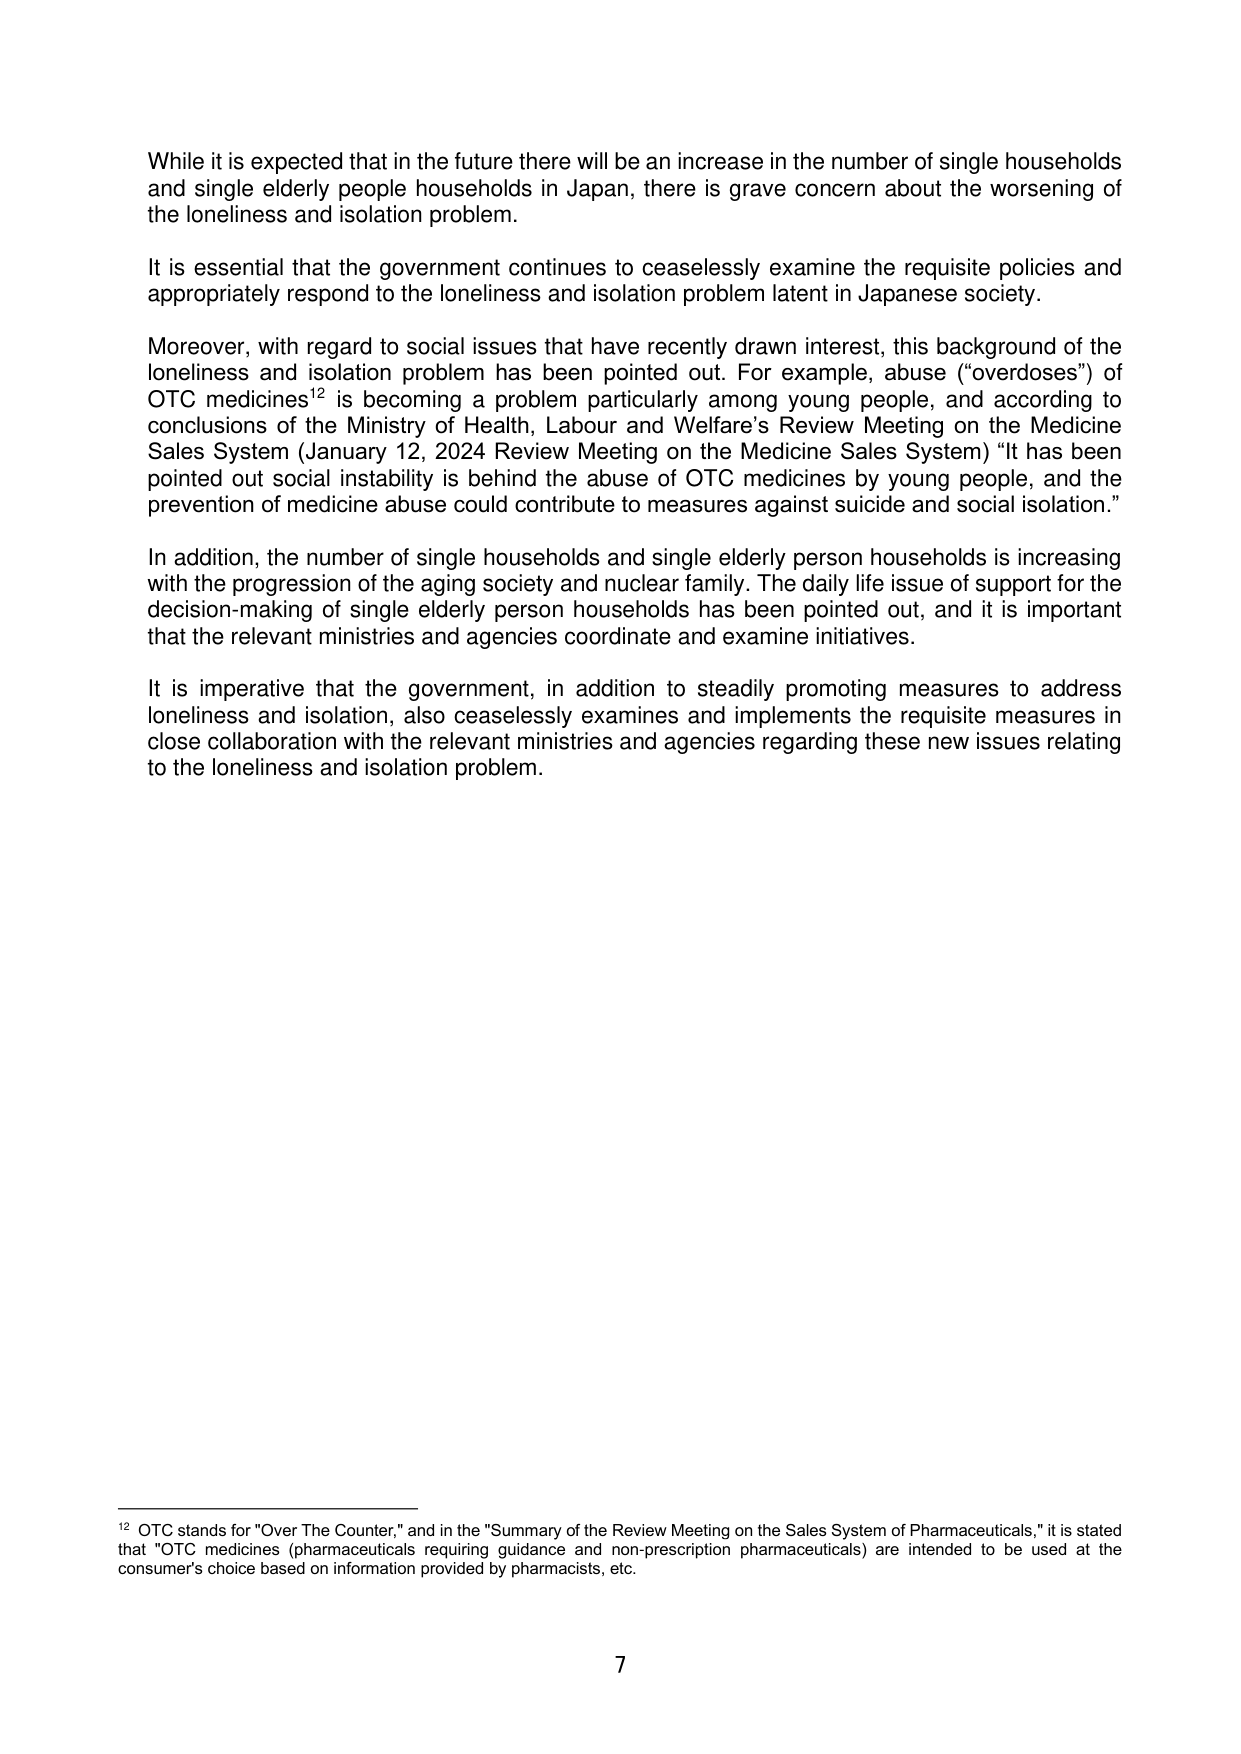
While it is expected that in the future there will be an increase in the number of single households and single elderly people households in Japan, there is grave concern about the worsening of the loneliness and isolation problem.

It is essential that the government continues to ceaselessly examine the requisite policies and appropriately respond to the loneliness and isolation problem latent in Japanese society.

Moreover, with regard to social issues that have recently drawn interest, this background of the loneliness and isolation problem has been pointed out. For example, abuse ("overdoses") of OTC medicines¹² is becoming a problem particularly among young people, and according to conclusions of the Ministry of Health, Labour and Welfare's Review Meeting on the Medicine Sales System (January 12, 2024 Review Meeting on the Medicine Sales System) “It has been pointed out social instability is behind the abuse of OTC medicines by young people, and the prevention of medicine abuse could contribute to measures against suicide and social isolation.”

In addition, the number of single households and single elderly person households is increasing with the progression of the aging society and nuclear family. The daily life issue of support for the decision-making of single elderly person households has been pointed out, and it is important that the relevant ministries and agencies coordinate and examine initiatives.

It is imperative that the government, in addition to steadily promoting measures to address loneliness and isolation, also ceaselessly examines and implements the requisite measures in close collaboration with the relevant ministries and agencies regarding these new issues relating to the loneliness and isolation problem.

¹² OTC stands for "Over The Counter," and in the "Summary of the Review Meeting on the Sales System of Pharmaceuticals," it is stated that "OTC medicines (pharmaceuticals requiring guidance and non-prescription pharmaceuticals) are intended to be used at the consumer's choice based on information provided by pharmacists, etc.

7